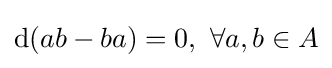
{\rm {d}}(ab-ba)=0,\ \forall a,b\in A